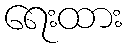
ရေးထား